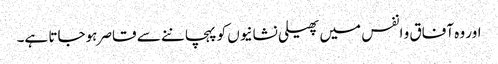
اور وہ آفاق و انفس میں پھیلی نشانیوں کو پہچاننے سے قاصر ہوجاتا ہے۔